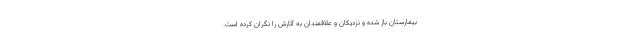
بیمارستان باز شده و نزدیکان و علاقمندان به آثارش را نگران کرده است.